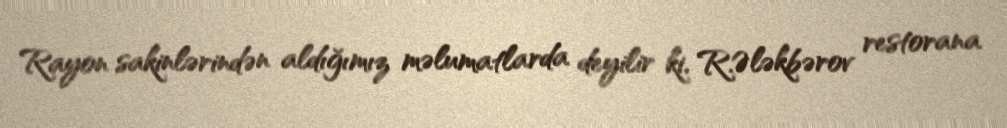
Rayon sakinlərindən aldığımız məlumatlarda deyilir ki, R.Ələkbərov restorana